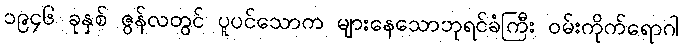
၁၉၄၆ ခုနှစ် ဇွန်လတွင် ပူပင်သောက များနေသောဘုရင်ခံကြီး ဝမ်းကိုက်ရောဂါ